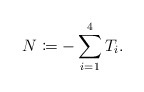
\begin{align*} N\coloneqq -\sum_{i=1}^4T_i.\end{align*}